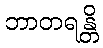
ဘာတရန္တိ